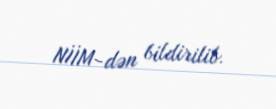
NİİM-dən bildirilib.